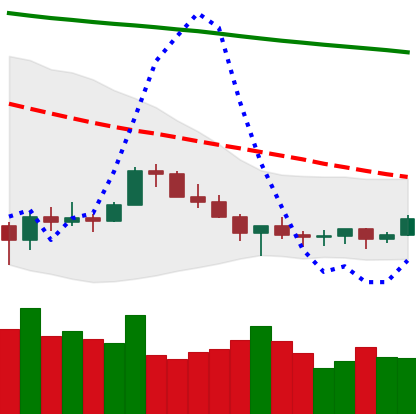
Ticker: XLM-USD
Chart end date: 2022-07-07
Forward return: -11.766%
Label: down_7plus